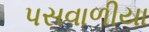
પસવાળીયા